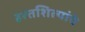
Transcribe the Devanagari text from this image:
हस्तशिल्पांचे